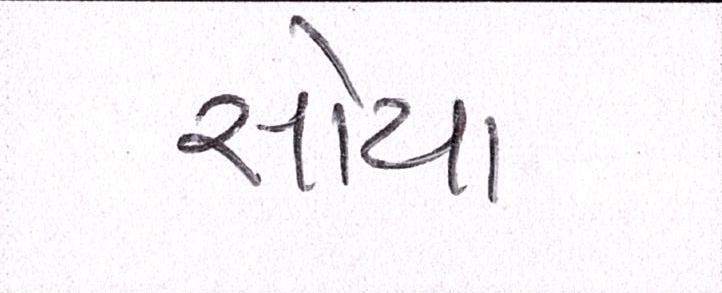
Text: સોયા